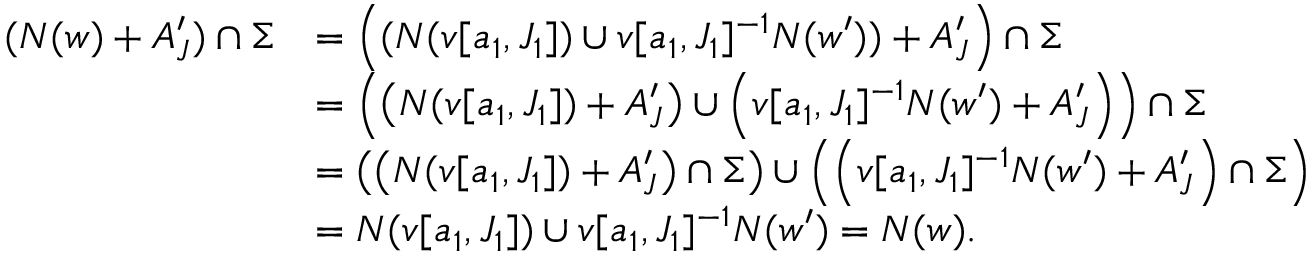
\begin{array} { r l } { ( N ( w ) + A _ { J } ^ { \prime } ) \cap \Sigma } & { = \left( ( N ( v [ a _ { 1 } , J _ { 1 } ] ) \cup v [ a _ { 1 } , J _ { 1 } ] ^ { - 1 } N ( w ^ { \prime } ) ) + A _ { J } ^ { \prime } \right) \cap \Sigma } \\ & { = \left( \left( N ( v [ a _ { 1 } , J _ { 1 } ] ) + A _ { J } ^ { \prime } \right) \cup \left( v [ a _ { 1 } , J _ { 1 } ] ^ { - 1 } N ( w ^ { \prime } ) + A _ { J } ^ { \prime } \right) \right) \cap \Sigma } \\ & { = \left( \left( N ( v [ a _ { 1 } , J _ { 1 } ] ) + A _ { J } ^ { \prime } \right) \cap \Sigma \right) \cup \left( \left( v [ a _ { 1 } , J _ { 1 } ] ^ { - 1 } N ( w ^ { \prime } ) + A _ { J } ^ { \prime } \right) \cap \Sigma \right) } \\ & { = N ( v [ a _ { 1 } , J _ { 1 } ] ) \cup v [ a _ { 1 } , J _ { 1 } ] ^ { - 1 } N ( w ^ { \prime } ) = N ( w ) . } \end{array}